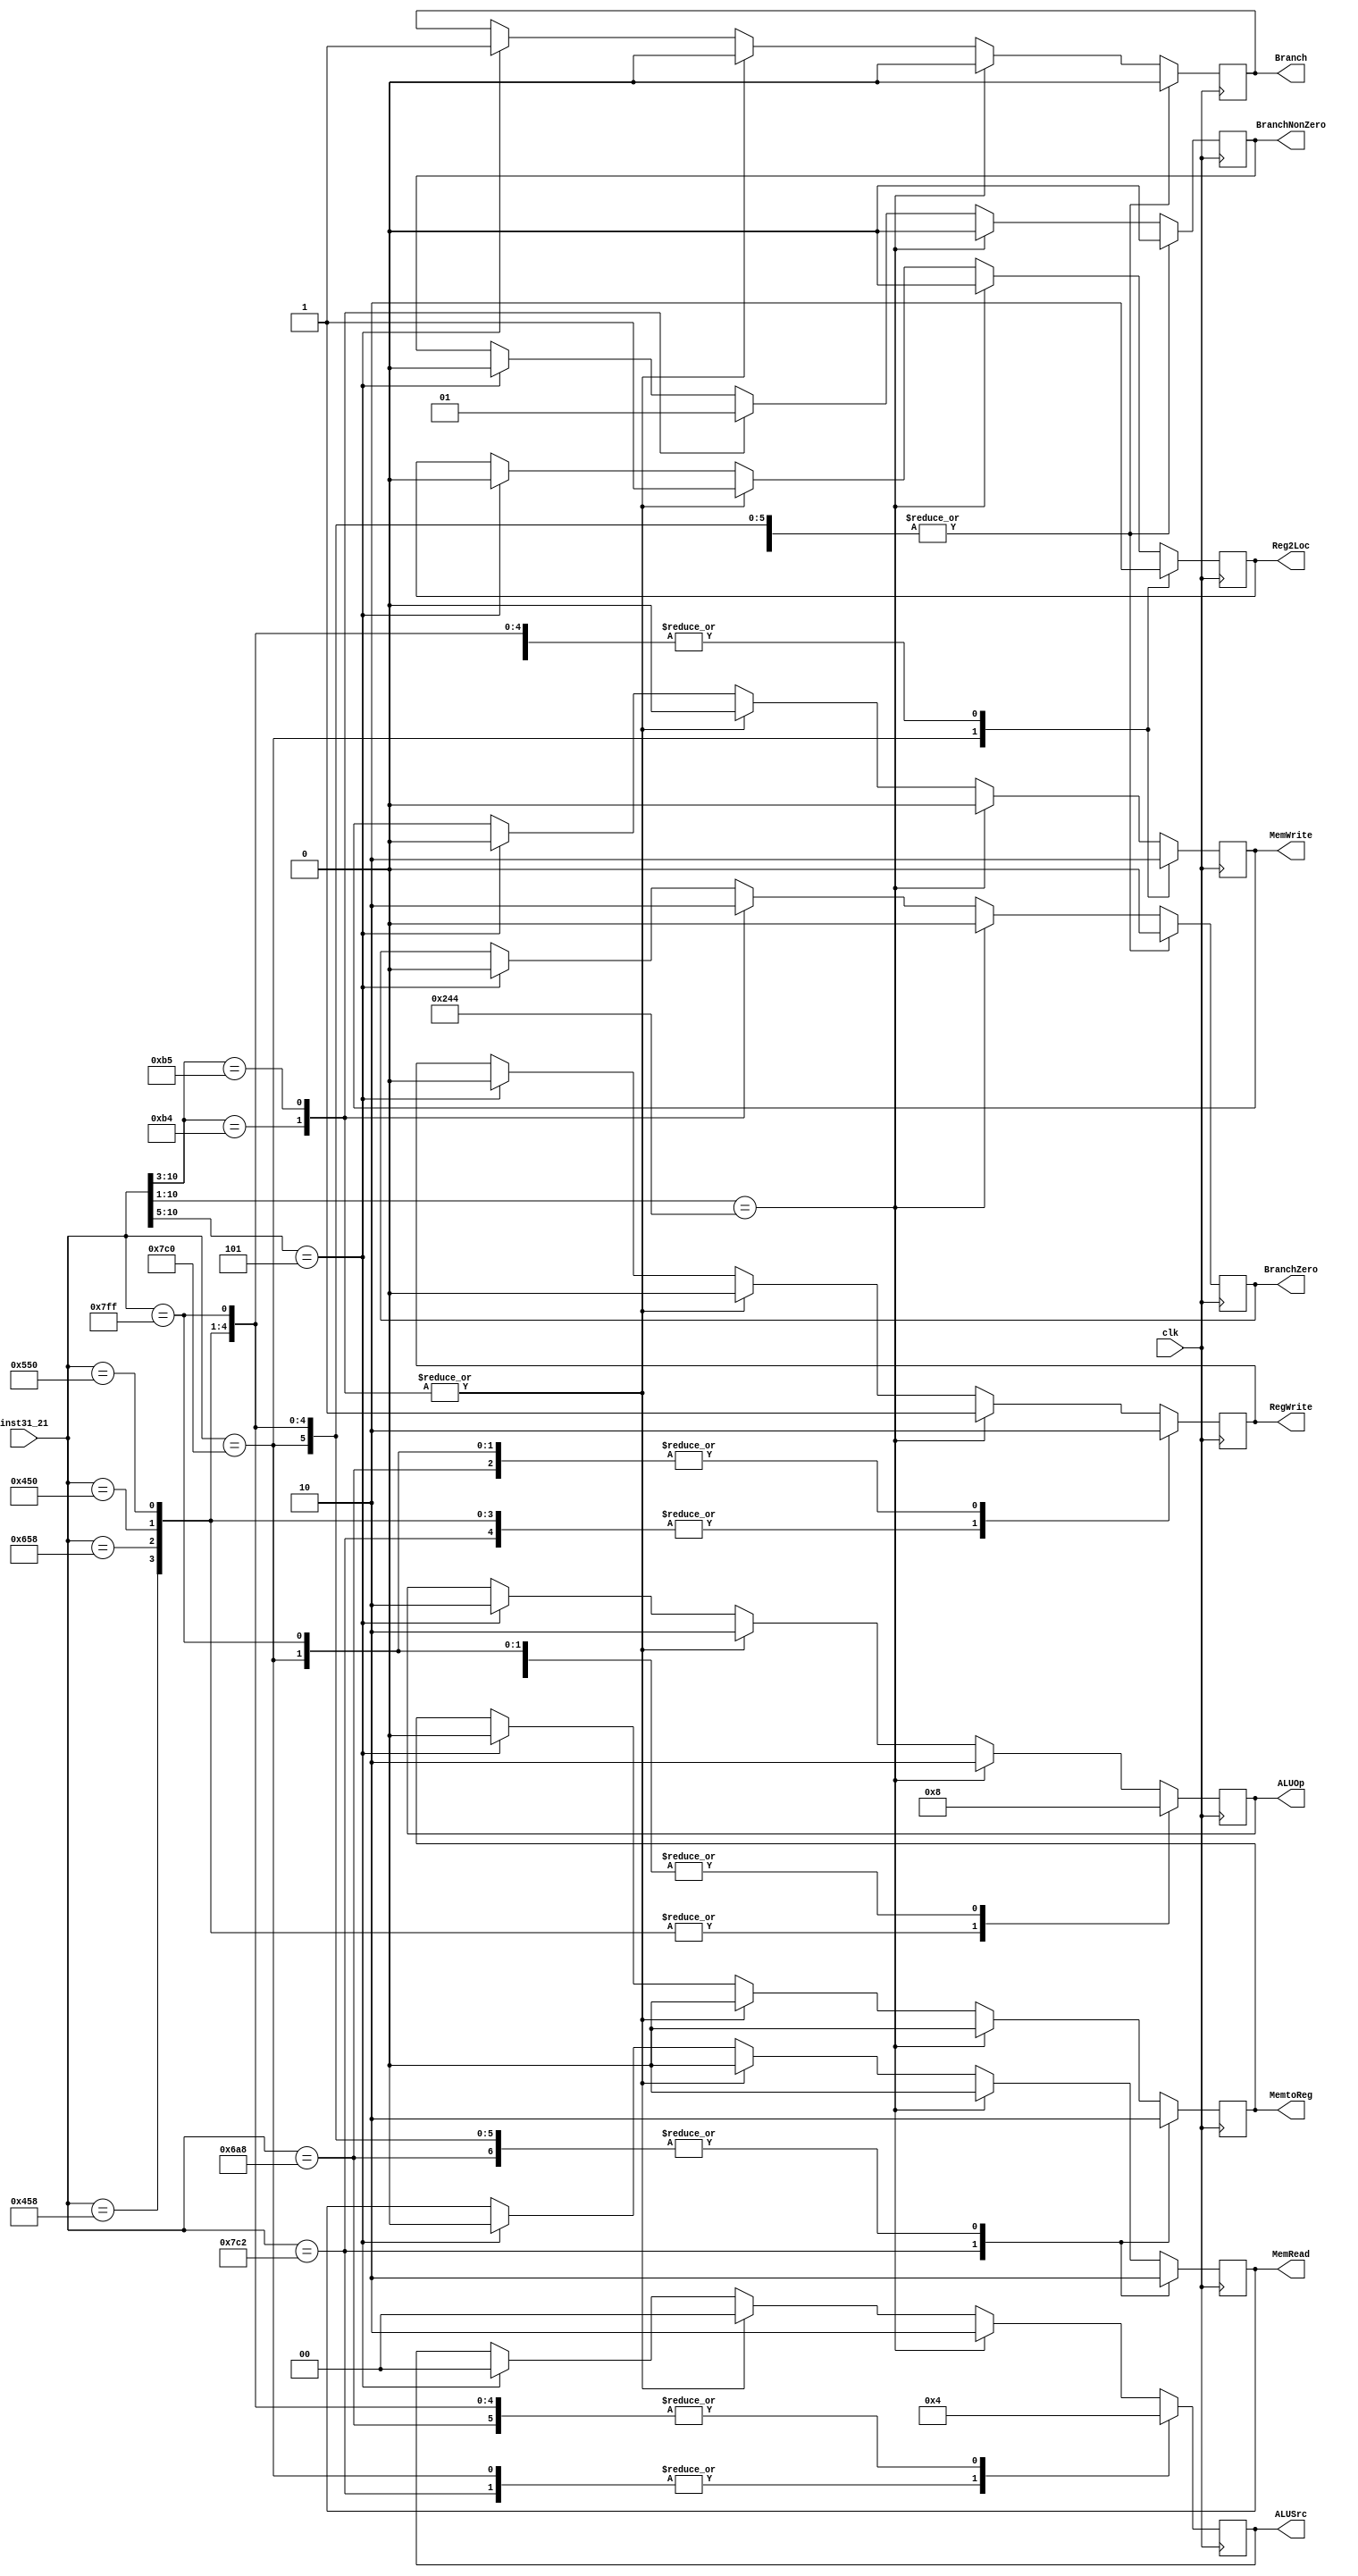

module cpu_control (inst31_21,Reg2Loc, Branch, BranchZero, BranchNonZero,
		    MemRead, MemtoReg, ALUOp, MemWrite, ALUSrc, RegWrite, clk);
	input[10:0] inst31_21;
	input clk;
	output reg [1:0] ALUOp, ALUSrc;
	output reg Reg2Loc, Branch, BranchZero, BranchNonZero, MemRead, MemtoReg;
    	output reg MemWrite, RegWrite;
	
	always @ (posedge clk) begin 
		#2
		case(inst31_21)
			11'b11010101000: //NOP
			begin
                                Reg2Loc <= 0;
                                Branch <= 0;
                                BranchZero <= 0;
                                BranchNonZero <= 0;
                                MemRead <= 0;
                                MemtoReg <= 0;
                                ALUOp <= 2'b00;
                                MemWrite <= 0;
                                ALUSrc <= 2'b00;
                                RegWrite <= 0;
			end
			11'b11111000010: //LDUR
			begin
				Reg2Loc <= 0;
				Branch <= 0;
				BranchZero <= 0;
				BranchNonZero <= 0;
				MemRead <= 1;
				MemtoReg <= 1;
				ALUOp <= 2'b00;
				MemWrite <= 0;
				ALUSrc <= 2'b01;
				RegWrite <= 1;
			end
			11'b11111000000: //STUR 
			begin
				Reg2Loc <= 1;
				Branch <= 0;
				BranchZero <= 0;
				BranchNonZero <= 0;
				MemRead <= 0;
				MemtoReg <= 0; // ??
				ALUOp <= 2'b00;
				MemWrite <= 1;
				ALUSrc <= 2'b01;
				RegWrite <= 0;
			end
			11'b10001011000: //ADD
			begin
				Reg2Loc <= 0;
				Branch <= 0;
				BranchZero <= 0;
				BranchNonZero <= 0;
				MemRead <= 0;
				MemtoReg <= 0; 
				ALUOp <= 2'b10;
				MemWrite <= 0;
				ALUSrc <= 2'b00;
				RegWrite <= 1;
			end
			11'b11001011000: //SUB
			begin
				Reg2Loc <= 0;
				Branch <= 0;
				BranchZero <= 0;
				BranchNonZero <= 0;
				MemRead <= 0;
				MemtoReg <= 0; 
				ALUOp <= 2'b10;
				MemWrite <= 0;
				ALUSrc <= 2'b00;
				RegWrite <= 1;
			end
			11'b10001010000: //AND
			begin
				Reg2Loc <= 0;
				Branch <= 0;
				BranchZero <= 0;
				BranchNonZero <= 0;
				MemRead <= 0;
				MemtoReg <= 0; 
				ALUOp <= 2'b10;
				MemWrite <= 0;
				ALUSrc <= 2'b00;
				RegWrite <= 1;
			end
			11'b10101010000: //ORR
			begin
				Reg2Loc <= 0;
				Branch <= 0;
				BranchZero <= 0;
				BranchNonZero <= 0;
				MemRead <= 0;
				MemtoReg <= 0; 
				ALUOp = 2'b10;
				MemWrite <= 0;
				ALUSrc <= 2'b00;
				RegWrite <= 1;
			end
                        11'b11111111111: //HALT
                        begin
                                Reg2Loc <= 0;
                                Branch <= 0;
                                BranchZero <= 0;
                                BranchNonZero <= 0;
                                MemRead <= 0;
                                MemtoReg <= 0;
                                ALUOp <= 2'b00;
                                MemWrite <= 0;
                                ALUSrc <= 2'b00;
                                RegWrite <= 0;
                        end

			default:
				case(inst31_21[10:1])
		                10'b1001000100: //ADDI
	                        begin
                	                Reg2Loc <= 0;
                        	        Branch <= 0;
                                	BranchZero <= 0;
	                                BranchNonZero <= 0;
        	                        MemRead <= 0;
                	                MemtoReg <= 0;
                        	        ALUOp <= 2'b10;
                                	MemWrite <= 0;
            		                ALUSrc <= 2'b10;
                        	        RegWrite <= 1;
                     		end

				default:
				begin
					case(inst31_21[10:3])
					8'b10110100: //CBZ
					begin
						Reg2Loc <= 1;
						Branch <= 0;
						BranchZero <= 1;
						BranchNonZero <= 0;
						MemRead <= 0;
						MemtoReg <= 0; 
						ALUOp <= 2'b10;
						MemWrite <= 0;
						ALUSrc <= 2'b00;
						RegWrite <= 0;
					end	
		
					8'b10110101: //CBNZ
					begin
						Reg2Loc <= 1;
						Branch <= 0;
						BranchZero <= 0;
						BranchNonZero <= 1;
						MemRead <= 0;
						MemtoReg <= 0; 
						ALUOp <= 2'b10;
						MemWrite <= 0;
						ALUSrc <= 2'b00;
						RegWrite <= 0;
					end

					default:
					case(inst31_21[10:5])
					        6'b000101: //B 
						begin
							Reg2Loc <= 0;
							Branch <= 1;
							BranchZero <= 0;
							BranchNonZero <= 0;
							MemRead <= 0;
							MemtoReg <= 0; 
							ALUOp <= 2'b10;
							MemWrite <= 0;
							ALUSrc <= 2'b00;
							RegWrite <= 0;
						end
						6'bxxxxxx: begin end
					default: 
						$display("You messed up. ",
						"Invalid opcode sent.\n");
					endcase
				endcase
			end
			endcase	
		endcase
	end 
endmodule